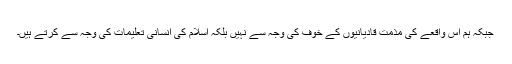
جبکہ ہم اس واقعے کی مذمت قادیانیوں کے خوف کی وجہ سے نہیں بلکہ اسلام کی انسانی تعلیمات کی وجہ سے کرتے ہیں۔